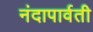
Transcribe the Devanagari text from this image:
नंदापार्वती